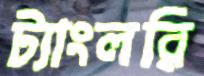
ট্যাংলরি